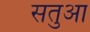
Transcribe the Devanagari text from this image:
सतुआ